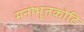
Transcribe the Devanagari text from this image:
मनोभूतकोटि